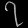
Digit: ၇